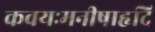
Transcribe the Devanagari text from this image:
कवयःमनीषाहृदि